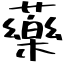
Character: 藥